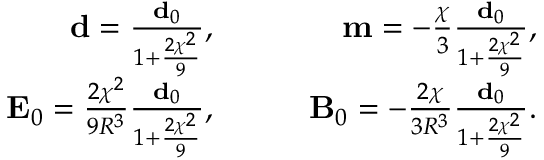
\begin{array} { r l r } { \mathbf { d } = \frac { \mathbf { d } _ { 0 } } { 1 + \frac { 2 \chi ^ { 2 } } { 9 } } , } & { \quad } & { \mathbf { m } = - \frac { \chi } { 3 } \frac { \mathbf { d } _ { 0 } } { 1 + \frac { 2 \chi ^ { 2 } } { 9 } } , } \\ { \mathbf { E } _ { 0 } = \frac { 2 \chi ^ { 2 } } { 9 R ^ { 3 } } \frac { \mathbf { d } _ { 0 } } { 1 + \frac { 2 \chi ^ { 2 } } { 9 } } , } & { \quad } & { \mathbf { B } _ { 0 } = - \frac { 2 \chi } { 3 R ^ { 3 } } \frac { \mathbf { d } _ { 0 } } { 1 + \frac { 2 \chi ^ { 2 } } { 9 } } . } \end{array}